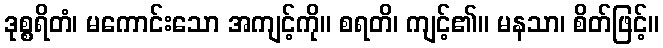
ဒုစ္စရိတံ၊ မကောင်းသော အကျင့်ကို။ စရတိ၊ ကျင့်၏။ မနသာ၊ စိတ်ဖြင့်။